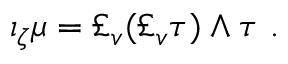
\iota _ { \zeta } \mu = \pounds _ { v } ( \pounds _ { v } \tau ) \wedge \tau \ .